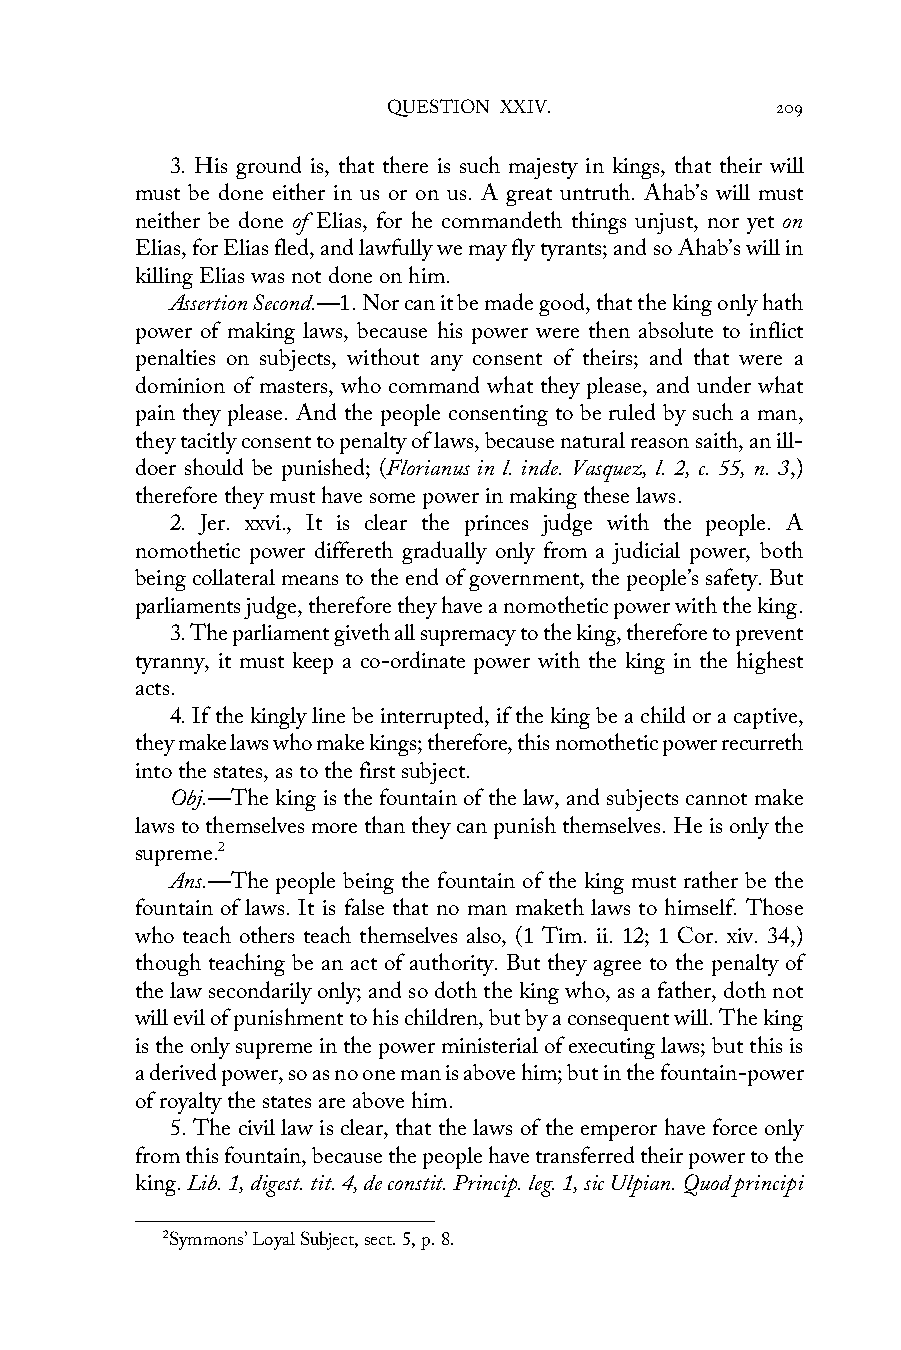
QUESTION XXIV.           209
 3. His ground is, that there is such majesty in kings, that their will
 must be done either in us or on us. A great untruth. Ahab’s will must
 neither be done of Elias, for he commandeth things unjust, nor yet on
 Elias, for Elias fled, and lawfully we may fly tyrants; and so Ahab’s will in
 killing Elias was not done on him.
 Assertion Second.—1. Nor can it be made good, that the king only hath
 power of making laws, because his power were then absolute to inflict
 penalties on subjects, without any consent of theirs; and that were a
 dominion of masters, who command what they please, and under what
 pain they please. And the people consenting to be ruled by such a man,
 they tacitly consent to penalty of laws, because natural reason saith, an ill-
 doer should be punished; (Florianus in l. inde. Vasquez, l. 2, c. 55, n. 3,)
 therefore they must have some power in making these laws.
 2. Jer. xxvi., It is clear the princes judge with the people. A
 nomothetic power differeth gradually only from a judicial power, both
 being collateral means to the end of government, the people’s safety. But
 parliaments judge, therefore they have a nomothetic power with the king.
 3. The parliament giveth all supremacy to the king, therefore to prevent
 tyranny, it must keep a co-ordinate power with the king in the highest
 acts.
 4. If the kingly line be interrupted, if the king be a child or a captive,
 they make laws who make kings; therefore, this nomothetic power recurreth
 into the states, as to the first subject.
 Obj.—The king is the fountain of the law, and subjects cannot make
 laws to themselves more than they can punish themselves. He is only the
 supreme.2
 Ans.—The people being the fountain of the king must rather be the
 fountain of laws. It is false that no man maketh laws to himself. Those
 who teach others teach themselves also, (1 Tim. ii. 12; 1 Cor. xiv. 34,)
 though teaching be an act of authority. But they agree to the penalty of
 the law secondarily only; and so doth the king who, as a father, doth not
 will evil of punishment to his children, but by a consequent will. The king
 is the only supreme in the power ministerial of executing laws; but this is
 a derived power, so as no one man is above him; but in the fountain-power
 of royalty the states are above him.
 5. The civil law is clear, that the laws of the emperor have force only
 from this fountain, because the people have transferred their power to the
 king. Lib. 1, digest. tit. 4, de constit. Princip. leg. 1, sic Ulpian. Quod principi
 2Symmons’ Loyal Subject, sect. 5, p. 8.